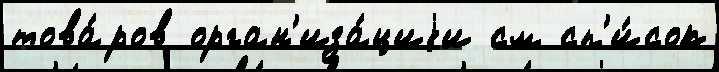
това́ров орган'иза́циjи см сп'и́сок